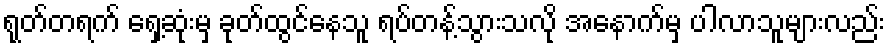
ရုတ်တရက် ရှေ့ဆုံးမှ ခုတ်ထွင်နေသူ ရပ်တန့်သွားသလို အနောက်မှ ပါလာသူများလည်း